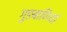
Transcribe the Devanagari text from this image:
गुङबाणियां